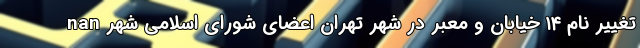
nan تغییر نام ۱۴ خیابان و معبر در شهر تهران اعضای شورای اسلامی شهر